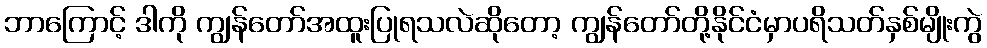
ဘာကြောင့် ဒါကို ကျွန်တော်အထူးပြုရသလဲဆိုတော့ ကျွန်တော်တို့နိုင်ငံမှာပရိသတ်နှစ်မျိုးကွဲ